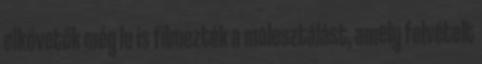
elkövetők még le is filmezték a molesztálást, amely felvételt